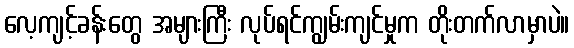
လေ့ကျင့်ခန်းတွေ အများကြီး လုပ်ရင်ကျွမ်းကျင်မှုက တိုးတက်လာမှာပဲ။